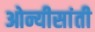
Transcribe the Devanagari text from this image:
ओन्यीसांती